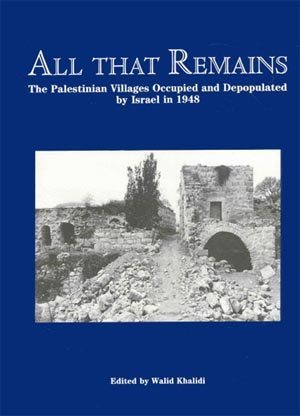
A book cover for All That Remains: The Palestinian Villages Occupied and Depopulated by Israel in 1948; Politics & Social Sciences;